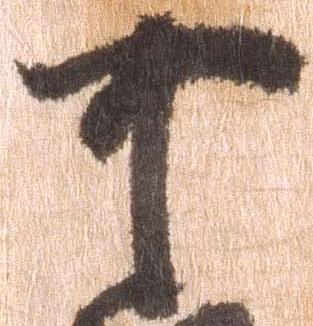
可